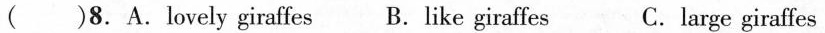
( )8.A.lovely giraffes B.like giraffes C. large giraffes